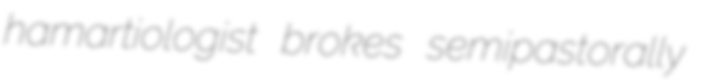
hamartiologist brokes semipastorally